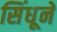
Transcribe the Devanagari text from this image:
सिंधूने